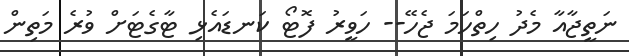
ނަތީޖާއާ މެދު ހިތްހަމަ ޖެހޭ-- ހަވީރު ފޮޓޯ ކަނޑައެޅި ޓާގެޓަށް ވުރެ މަތިން